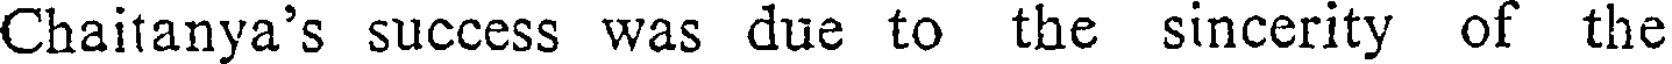
Chaitanya's success was due to the sincerity of the